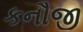
કનૌજી